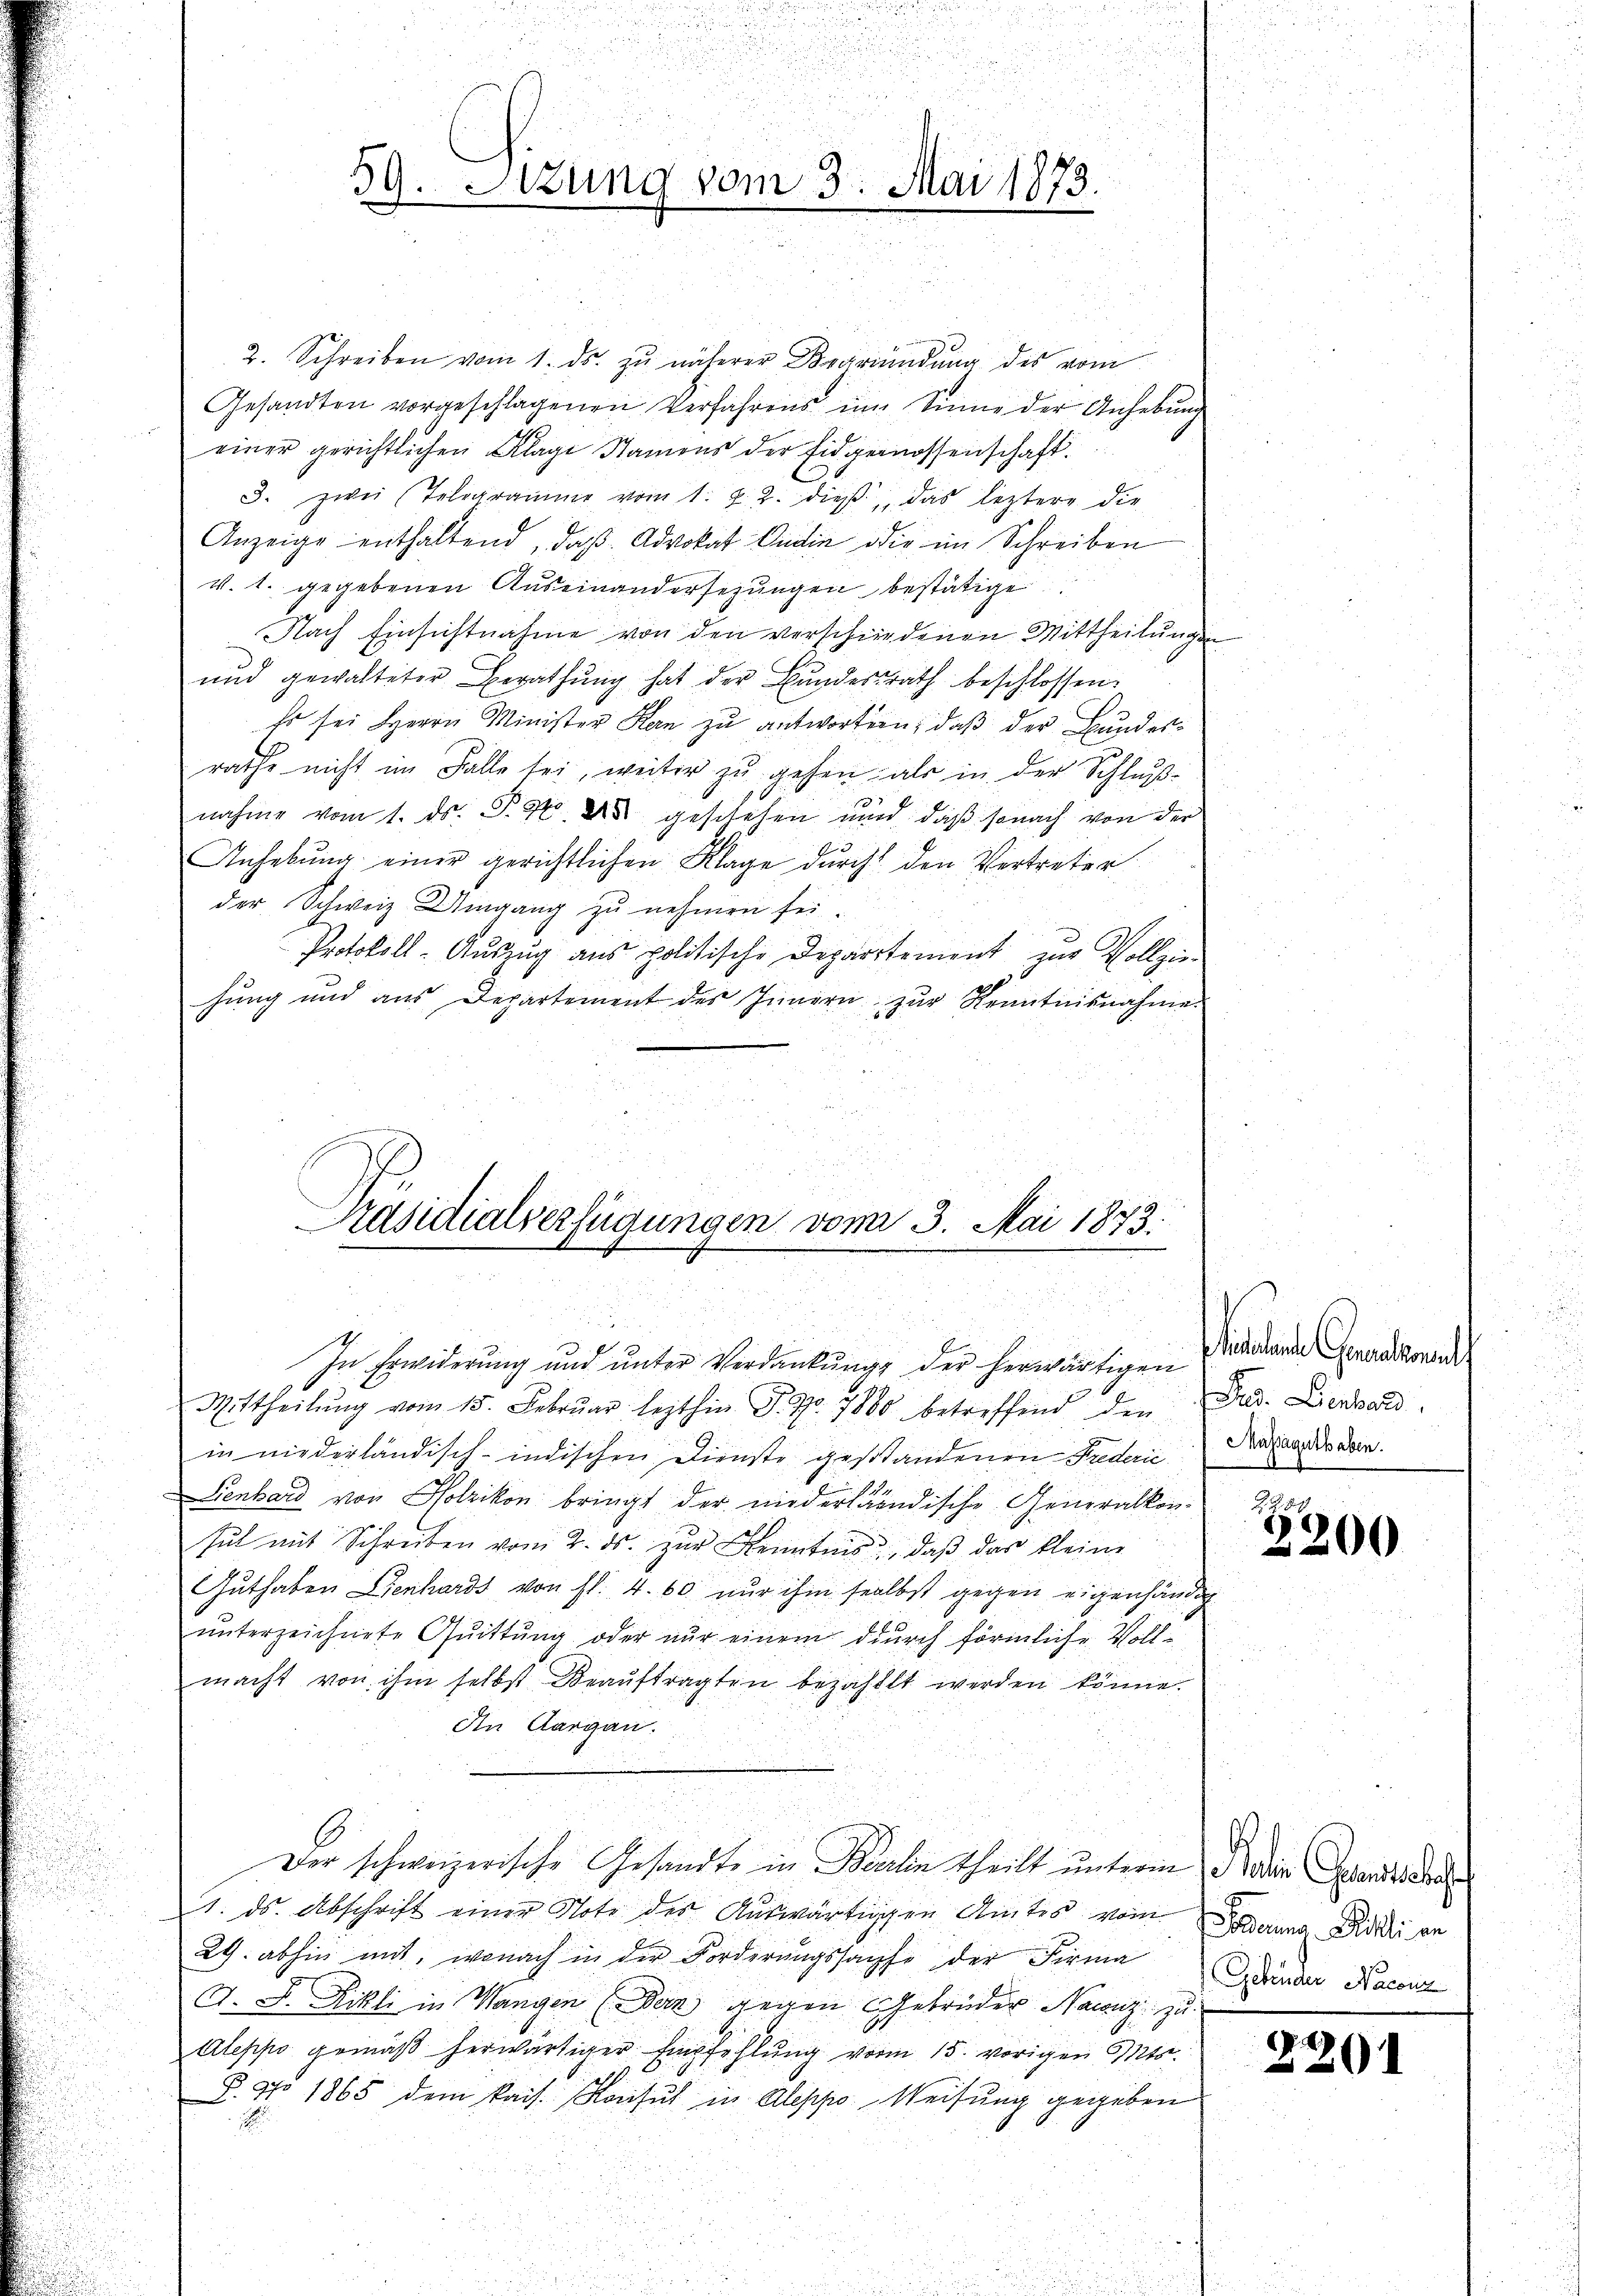
59. Sitzung vom 3. Mai 1873.

2. Schreiben vom 1. ds. zŭ näherer Begründŭng des vom
Gesandten vorgeschlagenen Verfahrens im Sinne der Anhebung
einer gerichtlichen Klage Namens der Eidgenossenschaft.
3. zwei Telegramme vom 1. 2. 2. dieβ, das leztere die
Anzeige enthaltend, daß Advokat Badin die im Schreiben
V. 1. gegebenen Auseinandersezungen bestätige
Nach Einsichtnahme von den verschiedenen Mittheilung
und gewalteter Berathŭng hat der Bŭndesrath beschlossen:
Es sei Herrn Minister Kan zu antworten; daß der Bundesrathe nicht im Falle bei, weiter zu gehen, als in der Schluß
nahme vom 1. ds. P. 94. ds gestehen und daβ sonach von der
Anhebung einer gerichtlichen Klage durch den Vertreter
der Schweiz Umgang zu nehmen sei
Protokoll-Aŭszŭg ans politische Departement zur Vollzie-
hung und aus Departement des Innern zŭr Kenntnisnahme
Präsidialverfügungen vom 3. Mai 1873.

f

In Erwiderung und unter Verdankung der herwärtigen Erdauernde Genantonen
Mittheilŭng vom 15. Febrŭar lezthin P. Nr. 7880 betreffend den Dr. Diensard
in niederländisch-indischen Dienste gestandenen Faden Natur der den
Lienhard von Holzikon bringt der niederländische Generalkonhut mit Schreiben vom 2. ds. zŭr Kenntnis, daβ das kleine
Guthaben Lienhards von fl. 4. 60 nur ihm selbst gegen eigenhändig
unterzeichnete Quittung oder nur einem durch förmliche Voll
macht von ihm selbst Beaŭftragten bezahlt werden könne.
In Aargau.
Der schweizerische Gesandte in Berlin theilt unterm Die Grandscha
1. ds. Abschrift einer Note der Aŭswärtigen Amtes vom Golderung Dididi an
29. abhin mit, wonach in der Forderŭngssache der Firma inder Nacenz
A. F. Rikli in Wangen (Dein gegen Gebrüder Nacenz zu
Aleppo gemäß herwärtiger Empfehlung vom 15. vorigen Mts.
§. No 1865 dem kais. Konsul in Aleppo Weisung gegeben

h
2200

226)